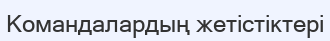
Командалардың жетістіктері